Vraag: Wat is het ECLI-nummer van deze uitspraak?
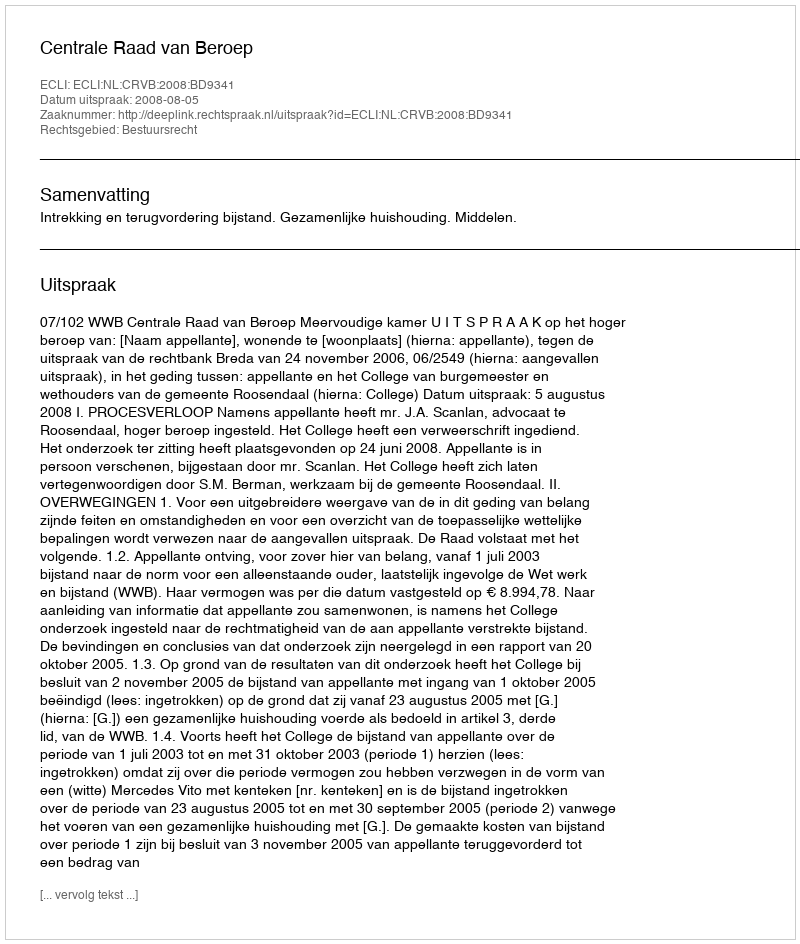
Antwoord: ECLI:NL:CRVB:2008:BD9341